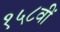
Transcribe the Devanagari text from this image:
१५८वीं